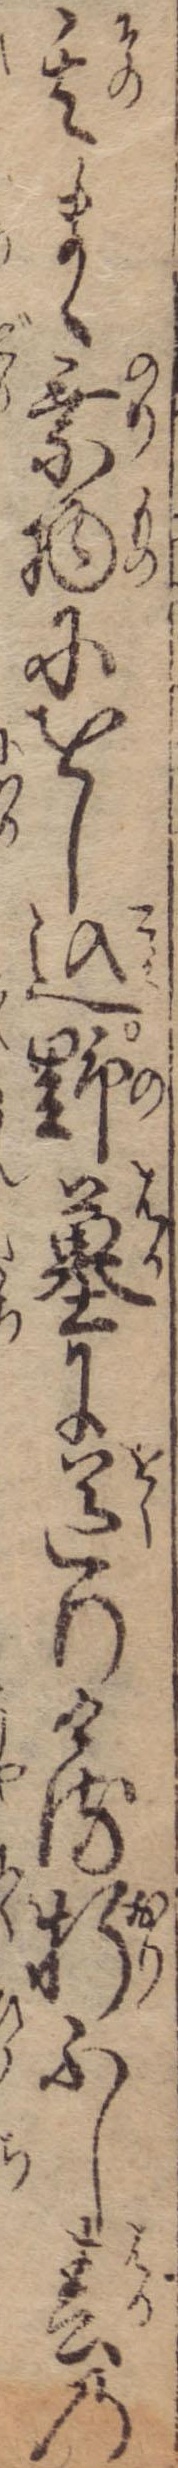
其まゝ乗物にをし込野墓に送りける折ふし春の